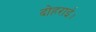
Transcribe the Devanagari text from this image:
दोहराई।